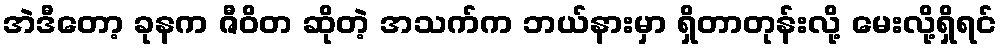
အဲဒီတော့ ခုနက ဇီဝိတ ဆိုတဲ့ အသက်က ဘယ်နားမှာ ရှိတာတုန်းလို့ မေးလို့ရှိရင်